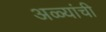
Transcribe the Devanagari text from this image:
अळ्यांची